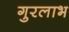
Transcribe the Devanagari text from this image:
गुरलाभ